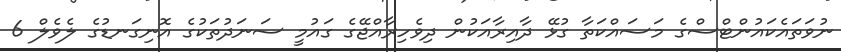
ނުވަތައެކައުންޓްސްގެ މަސައްކަތާ ގުޅޭ ދާއިރާއަކުން ދިވެހިރާއްޖޭގެ ގައުމީ ސަނަދުތަކުގެ އޮނިގަނޑުގެ ލެވެލް 6